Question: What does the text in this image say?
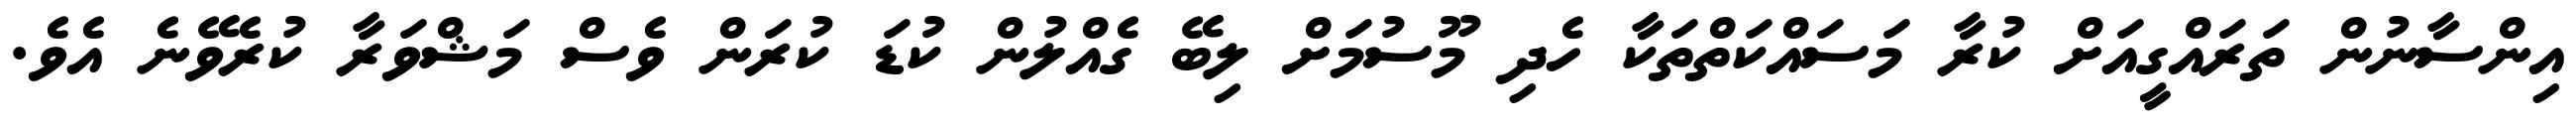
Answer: އިންސާނުން ތަރައްގީއަށް ކުރާ މަސައްކަތްތަކާ ހެދި މޫސުމަށް ލިބޭ ގެއްލުން ކުޑަ ކުރަން ވެސް މަޝްވަރާ ކުރެވޭނެ އެވެ.